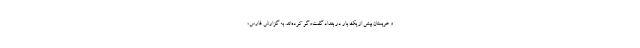
و عربستان بیش از یک بار در بغداد گفت‌وگو کرده‌اند. به گزارش فارس،